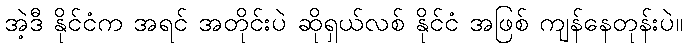
အဲ့ဒီ နိုင်ငံက အရင် အတိုင်းပဲ ဆိုရှယ်လစ် နိုင်ငံ အဖြစ် ကျန်နေတုန်းပဲ။